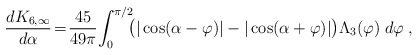
\begin{align*} {d K_{6, \infty} \over d\alpha}\!=\!{45 \over 49\pi}\!\int_0^{\pi/2}\!\!\!\big ( |\cos(\alpha-\varphi)|-|\cos(\alpha+\varphi)|\big )\Lambda_3(\varphi)\;d\varphi\;,\end{align*}